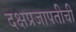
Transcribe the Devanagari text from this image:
दक्षप्रजापतीची